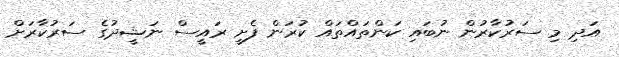
އަދި މި ސަރުކާރުން ނުބައި ކަންތައްތައް ކުރަން ފެށީ ރައީސް ނަޝީދުގެ ސަރުކާރަށް